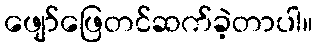
ဖျော်ဖြေတင်ဆက်ခဲ့တာပါ။